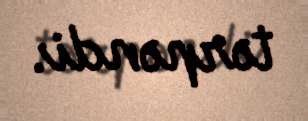
tərpəndi.